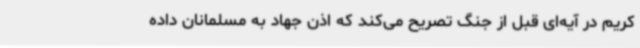
کریم در آیه‌ای قبل از جنگ تصریح می‌کند که اذن جهاد به مسلمانان داده